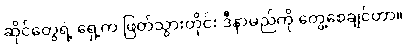
ဆိုင်တွေရဲ့ ရှေ့က ဖြတ်သွားတိုင်း ဒီနာမည်ကို တွေ့စေချင်တာ။